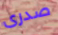
صدرى